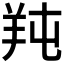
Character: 𦍣